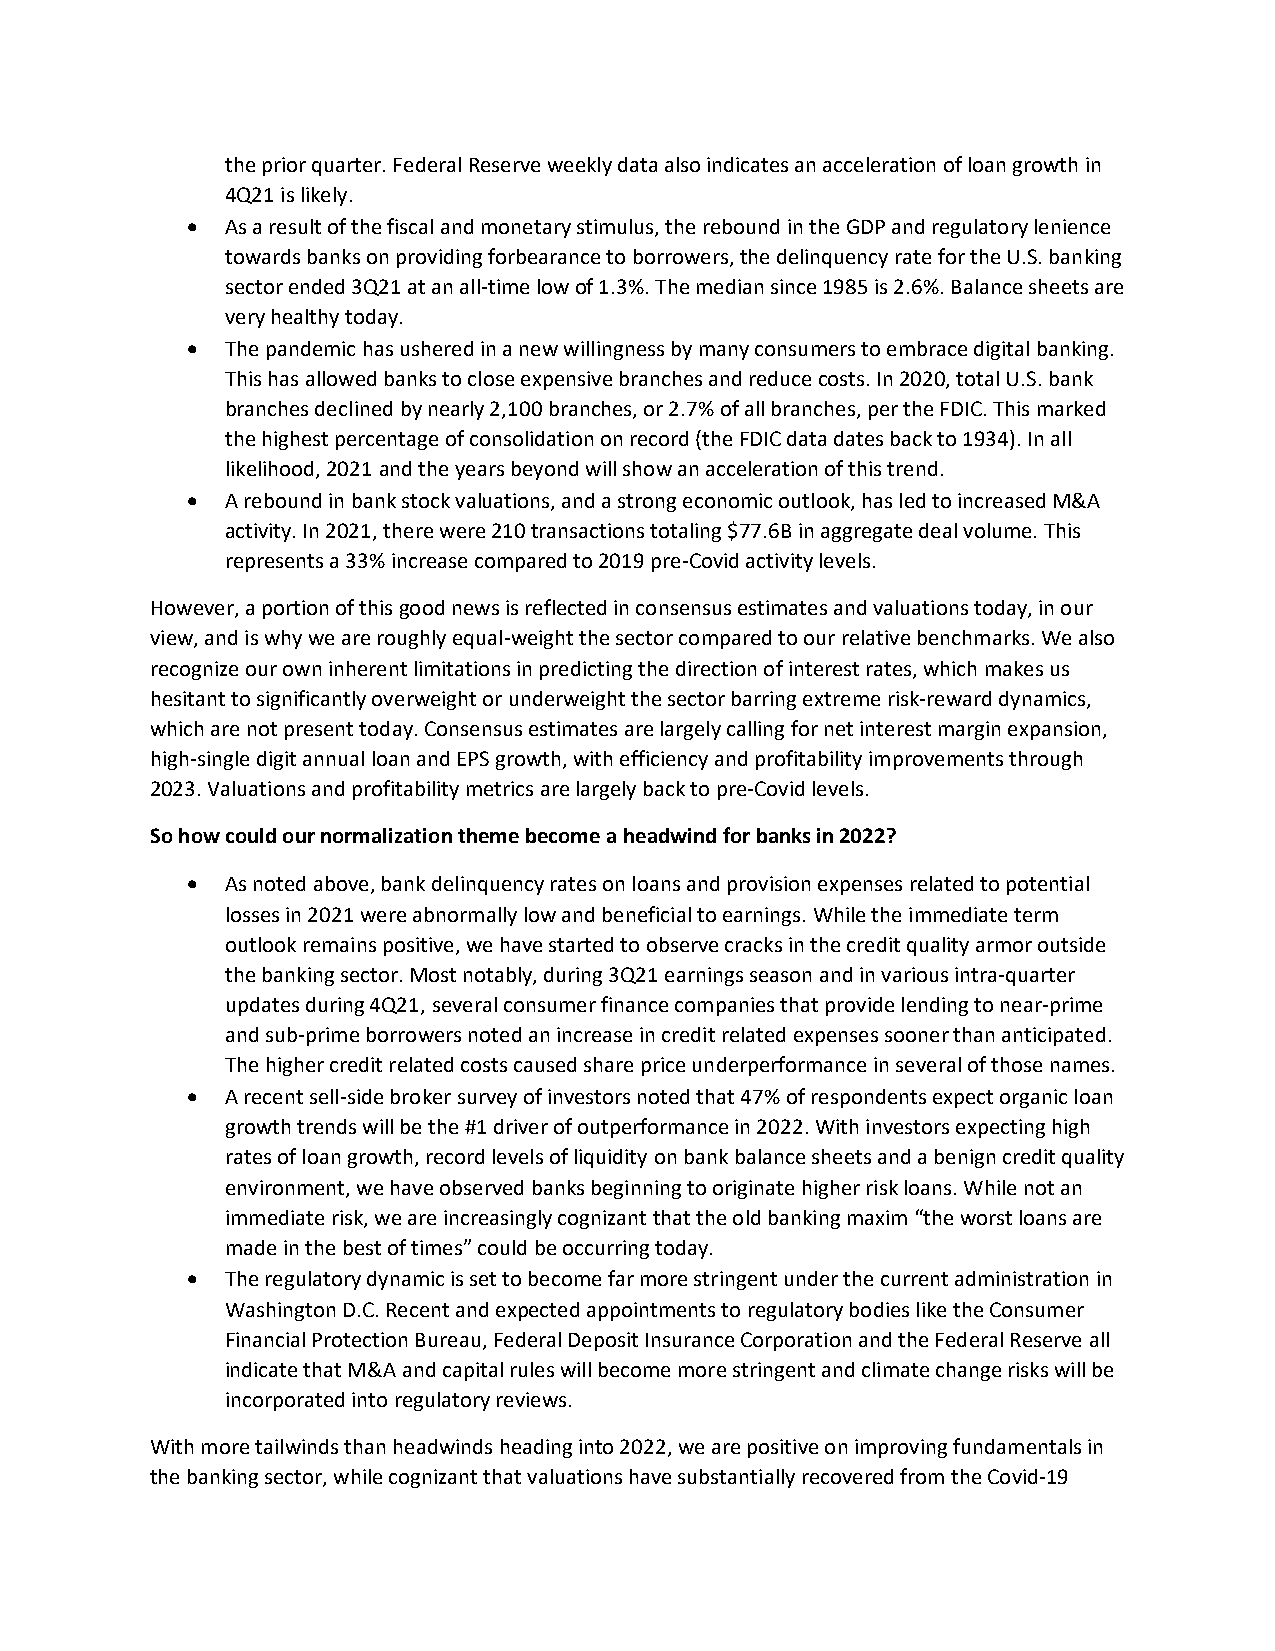
the prior quarter. Federal Reserve weekly data also indicates an acceleration of loan growth in
 4Q21 is likely.
 •  As a result of the fiscal and monetary stimulus, the rebound in the GDP and regulatory lenience
 towards banks on providing forbearance to borrowers, the delinquency rate for the U.S. banking
 sector ended 3Q21 at an all-time low of 1.3%. The median since 1985 is 2.6%. Balance sheets are
 very healthy today.
 •  The pandemic has ushered in a new willingness by many consumers to embrace digital banking.
 This has allowed banks to close expensive branches and reduce costs. In 2020, total U.S. bank
 branches declined by nearly 2,100 branches, or 2.7% of all branches, per the FDIC. This marked
 the highest percentage of consolidation on record (the FDIC data dates back to 1934). In all
 likelihood, 2021 and the years beyond will show an acceleration of this trend.
 •  A rebound in bank stock valuations, and a strong economic outlook, has led to increased M&A
 activity. In 2021, there were 210 transactions totaling $77.6B in aggregate deal volume. This
 represents a 33% increase compared to 2019 pre-Covid activity levels.
 However, a portion of this good news is reflected in consensus estimates and valuations today, in our
 view, and is why we are roughly equal-weight the sector compared to our relative benchmarks. We also
 recognize our own inherent limitations in predicting the direction of interest rates, which makes us
 hesitant to significantly overweight or underweight the sector barring extreme risk-reward dynamics,
 which are not present today. Consensus estimates are largely calling for net interest margin expansion,
 high-single digit annual loan and EPS growth, with efficiency and profitability improvements through
 2023. Valuations and profitability metrics are largely back to pre-Covid levels.
 So how could our normalization theme become a headwind for banks in 2022?
 •  As noted above, bank delinquency rates on loans and provision expenses related to potential
 losses in 2021 were abnormally low and beneficial to earnings. While the immediate term
 outlook remains positive, we have started to observe cracks in the credit quality armor outside
 the banking sector. Most notably, during 3Q21 earnings season and in various intra-quarter
 updates during 4Q21, several consumer finance companies that provide lending to near-prime
 and sub-prime borrowers noted an increase in credit related expenses sooner than anticipated.
 The higher credit related costs caused share price underperformance in several of those names.
 •  A recent sell-side broker survey of investors noted that 47% of respondents expect organic loan
 growth trends will be the #1 driver of outperformance in 2022. With investors expecting high
 rates of loan growth, record levels of liquidity on bank balance sheets and a benign credit quality
 environment, we have observed banks beginning to originate higher risk loans. While not an
 immediate risk, we are increasingly cognizant that the old banking maxim “the worst loans are
 made in the best of times” could be occurring today.
 •  The regulatory dynamic is set to become far more stringent under the current administration in
 Washington D.C. Recent and expected appointments to regulatory bodies like the Consumer
 Financial Protection Bureau, Federal Deposit Insurance Corporation and the Federal Reserve all
 indicate that M&A and capital rules will become more stringent and climate change risks will be
 incorporated into regulatory reviews.
 With more tailwinds than headwinds heading into 2022, we are positive on improving fundamentals in
 the banking sector, while cognizant that valuations have substantially recovered from the Covid-19